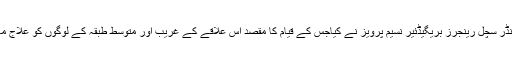
قاسم شہید ڈسپنسری کا افتتاح سیکٹر کمانڈر سچل رینجرز بریگیڈئیر نسیم پرویز نے کیاجس کے قیام کا مقصد اس علاقے کے غریب اور متوسط طبقہ کے لوگوں کو علاج معالجے کی مفت سہولیات فراہم کرنا ہے۔